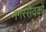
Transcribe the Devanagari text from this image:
नगरसेवकों